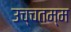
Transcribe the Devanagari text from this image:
उच्चतम्म